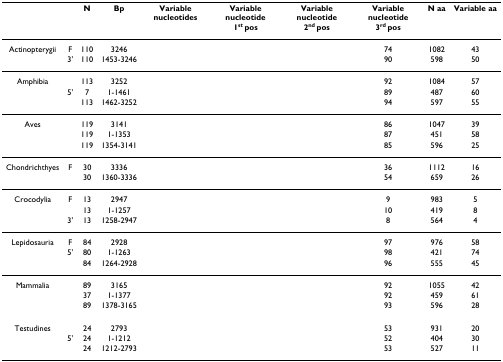
<table><thead><tr><td>[EMPTY_CELL]</td><td>[EMPTY_CELL]</td><td><b>N</b></td><td><b>Bp</b></td><td><b>Variable nucleotides</b></td><td><b>Variable nucleotide 1<sup>st </sup>pos</b></td><td><b>Variable nucleotide 2<sup>nd </sup>pos</b></td><td><b>Variable nucleotide 3<sup>rd </sup>pos</b></td><td><b>N aa</b></td><td><b>Variable aa</b></td></tr></thead><tbody><tr><td>Actinopterygii</td><td>F</td><td>110</td><td>3246</td><td>[EMPTY_CELL]</td><td>[EMPTY_CELL]</td><td>[EMPTY_CELL]</td><td>74</td><td>1082</td><td>43</td></tr><tr><td>[EMPTY_CELL]</td><td>3'</td><td>110</td><td>1453-3246</td><td>[EMPTY_CELL]</td><td>[EMPTY_CELL]</td><td>[EMPTY_CELL]</td><td>90</td><td>598</td><td>50</td></tr><tr><td>Amphibia</td><td>[EMPTY_CELL]</td><td>113</td><td>3252</td><td>[EMPTY_CELL]</td><td>[EMPTY_CELL]</td><td>[EMPTY_CELL]</td><td>92</td><td>1084</td><td>57</td></tr><tr><td>[EMPTY_CELL]</td><td>5'</td><td>7</td><td>1-1461</td><td>[EMPTY_CELL]</td><td>[EMPTY_CELL]</td><td>[EMPTY_CELL]</td><td>89</td><td>487</td><td>60</td></tr><tr><td>[EMPTY_CELL]</td><td>[EMPTY_CELL]</td><td>113</td><td>1462-3252</td><td>[EMPTY_CELL]</td><td>[EMPTY_CELL]</td><td>[EMPTY_CELL]</td><td>94</td><td>597</td><td>55</td></tr><tr><td>Aves</td><td>[EMPTY_CELL]</td><td>119</td><td>3141</td><td>[EMPTY_CELL]</td><td>[EMPTY_CELL]</td><td>[EMPTY_CELL]</td><td>86</td><td>1047</td><td>39</td></tr><tr><td>[EMPTY_CELL]</td><td>[EMPTY_CELL]</td><td>119</td><td>1-1353</td><td>[EMPTY_CELL]</td><td>[EMPTY_CELL]</td><td>[EMPTY_CELL]</td><td>87</td><td>451</td><td>58</td></tr><tr><td>[EMPTY_CELL]</td><td>[EMPTY_CELL]</td><td>119</td><td>1354-3141</td><td>[EMPTY_CELL]</td><td>[EMPTY_CELL]</td><td>[EMPTY_CELL]</td><td>85</td><td>596</td><td>25</td></tr><tr><td>Chondrichthyes</td><td>F</td><td>30</td><td>3336</td><td>[EMPTY_CELL]</td><td>[EMPTY_CELL]</td><td>[EMPTY_CELL]</td><td>36</td><td>1112</td><td>16</td></tr><tr><td>[EMPTY_CELL]</td><td>[EMPTY_CELL]</td><td>30</td><td>1360-3336</td><td>[EMPTY_CELL]</td><td>[EMPTY_CELL]</td><td>[EMPTY_CELL]</td><td>54</td><td>659</td><td>26</td></tr><tr><td>Crocodylia</td><td>F</td><td>13</td><td>2947</td><td>[EMPTY_CELL]</td><td>[EMPTY_CELL]</td><td>[EMPTY_CELL]</td><td>9</td><td>983</td><td>5</td></tr><tr><td>[EMPTY_CELL]</td><td>[EMPTY_CELL]</td><td>13</td><td>1-1257</td><td>[EMPTY_CELL]</td><td>[EMPTY_CELL]</td><td>[EMPTY_CELL]</td><td>10</td><td>419</td><td>8</td></tr><tr><td>[EMPTY_CELL]</td><td>3'</td><td>13</td><td>1258-2947</td><td>[EMPTY_CELL]</td><td>[EMPTY_CELL]</td><td>[EMPTY_CELL]</td><td>8</td><td>564</td><td>4</td></tr><tr><td>Lepidosauria</td><td>F</td><td>84</td><td>2928</td><td>[EMPTY_CELL]</td><td>[EMPTY_CELL]</td><td>[EMPTY_CELL]</td><td>97</td><td>976</td><td>58</td></tr><tr><td>[EMPTY_CELL]</td><td>5'</td><td>80</td><td>1-1263</td><td>[EMPTY_CELL]</td><td>[EMPTY_CELL]</td><td>[EMPTY_CELL]</td><td>98</td><td>421</td><td>74</td></tr><tr><td>[EMPTY_CELL]</td><td>[EMPTY_CELL]</td><td>84</td><td>1264-2928</td><td>[EMPTY_CELL]</td><td>[EMPTY_CELL]</td><td>[EMPTY_CELL]</td><td>96</td><td>555</td><td>45</td></tr><tr><td>Mammalia</td><td>[EMPTY_CELL]</td><td>89</td><td>3165</td><td>[EMPTY_CELL]</td><td>[EMPTY_CELL]</td><td>[EMPTY_CELL]</td><td>92</td><td>1055</td><td>42</td></tr><tr><td>[EMPTY_CELL]</td><td>[EMPTY_CELL]</td><td>37</td><td>1-1377</td><td>[EMPTY_CELL]</td><td>[EMPTY_CELL]</td><td>[EMPTY_CELL]</td><td>92</td><td>459</td><td>61</td></tr><tr><td>[EMPTY_CELL]</td><td>[EMPTY_CELL]</td><td>89</td><td>1378-3165</td><td>[EMPTY_CELL]</td><td>[EMPTY_CELL]</td><td>[EMPTY_CELL]</td><td>93</td><td>596</td><td>28</td></tr><tr><td>Testudines</td><td>[EMPTY_CELL]</td><td>24</td><td>2793</td><td>[EMPTY_CELL]</td><td>[EMPTY_CELL]</td><td>[EMPTY_CELL]</td><td>53</td><td>931</td><td>20</td></tr><tr><td>[EMPTY_CELL]</td><td>5'</td><td>24</td><td>1-1212</td><td>[EMPTY_CELL]</td><td>[EMPTY_CELL]</td><td>[EMPTY_CELL]</td><td>52</td><td>404</td><td>30</td></tr><tr><td>[EMPTY_CELL]</td><td>[EMPTY_CELL]</td><td>24</td><td>1212-2793</td><td>[EMPTY_CELL]</td><td>[EMPTY_CELL]</td><td>[EMPTY_CELL]</td><td>53</td><td>527</td><td>11</td></tr></tbody></table>